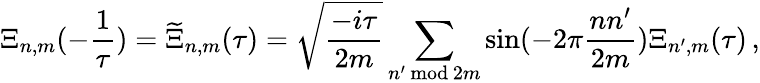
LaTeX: \Xi_{n,m}(-\frac{1}{\tau})=\widetilde{\Xi}_{n,m}(\tau)=\sqrt{\frac{-i\tau}{2m}}\sum_{n^{\prime}\, \mathrm{mod}\, 2m}\sin(-2\pi\frac{nn^{\prime}}{2m})\Xi_{n^{\prime},m}(\tau)\, ,